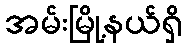
အမ်းမြို့နယ်ရှိ